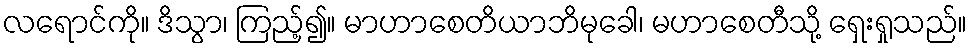
လရောင်ကို။ ဒိသွာ၊ ကြည့်၍။ မာဟာစေတိယာဘိမုခေါ၊ မဟာစေတီသို့ ရှေးရှုသည်။